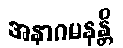
အနာဂမနန္တိ